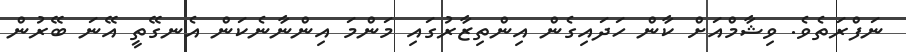
ނަފްރަތެވެ. ވިޝާމްއަށް ކާން ހަދައިގެން އިންތިޒާރުގައި މަންމަ އިންނާނެކަން އެނގޭތީ އޭނަ ބޭރުން